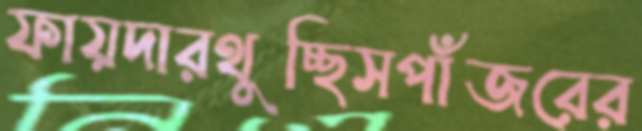
ফায়দারথুচ্ছিসপাঁজরের